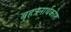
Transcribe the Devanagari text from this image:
बृहत्रनार्थकोश